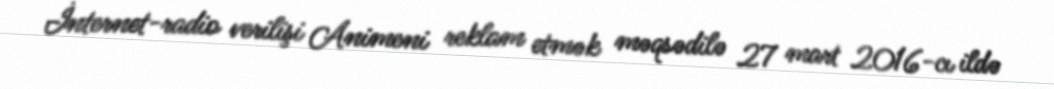
İnternet-radio verilişi Animeni reklam etmək məqsədilə 27 mart 2016-cı ildə